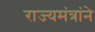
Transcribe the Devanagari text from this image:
राज्यमंत्रांने